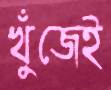
খুঁজেই